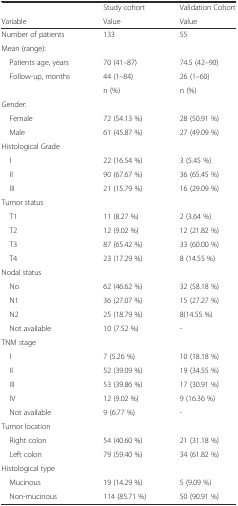
|  | Study cohort | Validation Cohort |
 | Variable | Value | Value |
 | --- | --- | --- |
 | Number of patients | 133 | 55 |
 | <COLSPAN=3> Mean (range): |
 | Patients age, years | 70 (41–87) | 74.5 (42–90) |
 | Follow-up, months | 44 (1–84) | 26 (1–60) |
 |  | n (%) | n (%) |
 | <COLSPAN=3> Gender: |
 | Female | 72 (54.13 %) | 28 (50.91 %) |
 | Male | 61 (45.87 %) | 27 (49.09 %) |
 | <COLSPAN=3> Histological Grade |
 | I | 22 (16.54 %) | 3 (5.45 %) |
 | II | 90 (67.67 %) | 36 (65.45 %) |
 | III | 21 (15.79 %) | 16 (29.09 %) |
 | <COLSPAN=3> Tumor status |
 | T1 | 11 (8.27 %) | 2 (3.64 %) |
 | T2 | 12 (9.02 %) | 12 (21.82 %) |
 | T3 | 87 (65.42 %) | 33 (60.00 %) |
 | T4 | 23 (17.29 %) | 8 (14.55 %) |
 | <COLSPAN=3> Nodal status |
 | No | 62 (46.62 %) | 32 (58.18 %) |
 | N1 | 36 (27.07 %) | 15 (27.27 %) |
 | N2 | 25 (18.79 %) | 8(14.55 %) |
 | Not available | 10 (7.52 %) | - |
 | <COLSPAN=3> TNM stage |
 | I | 7 (5.26 %) | 10 (18.18 %) |
 | II | 52 (39.09 %) | 19 (34.55 %) |
 | III | 53 (39.86 %) | 17 (30.91 %) |
 | IV | 12 (9.02 %) | 9 (16.36 %) |
 | Not available | 9 (6.77 %) | - |
 | <COLSPAN=3> Tumor location |
 | Right colon | 54 (40.60 %) | 21 (31.18 %) |
 | Left colon | 79 (59.40 %) | 34 (61.82 %) |
 | <COLSPAN=3> Histological type |
 | Mucinous | 19 (14.29 %) | 5 (9.09 %) |
 | Non-mucinous | 114 (85.71 %) | 50 (90.91 %) |